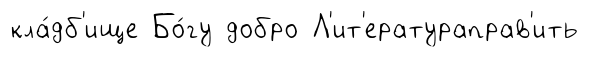
кла́дб'ище Бо́гу добро Л'ит'ератураправ'ить